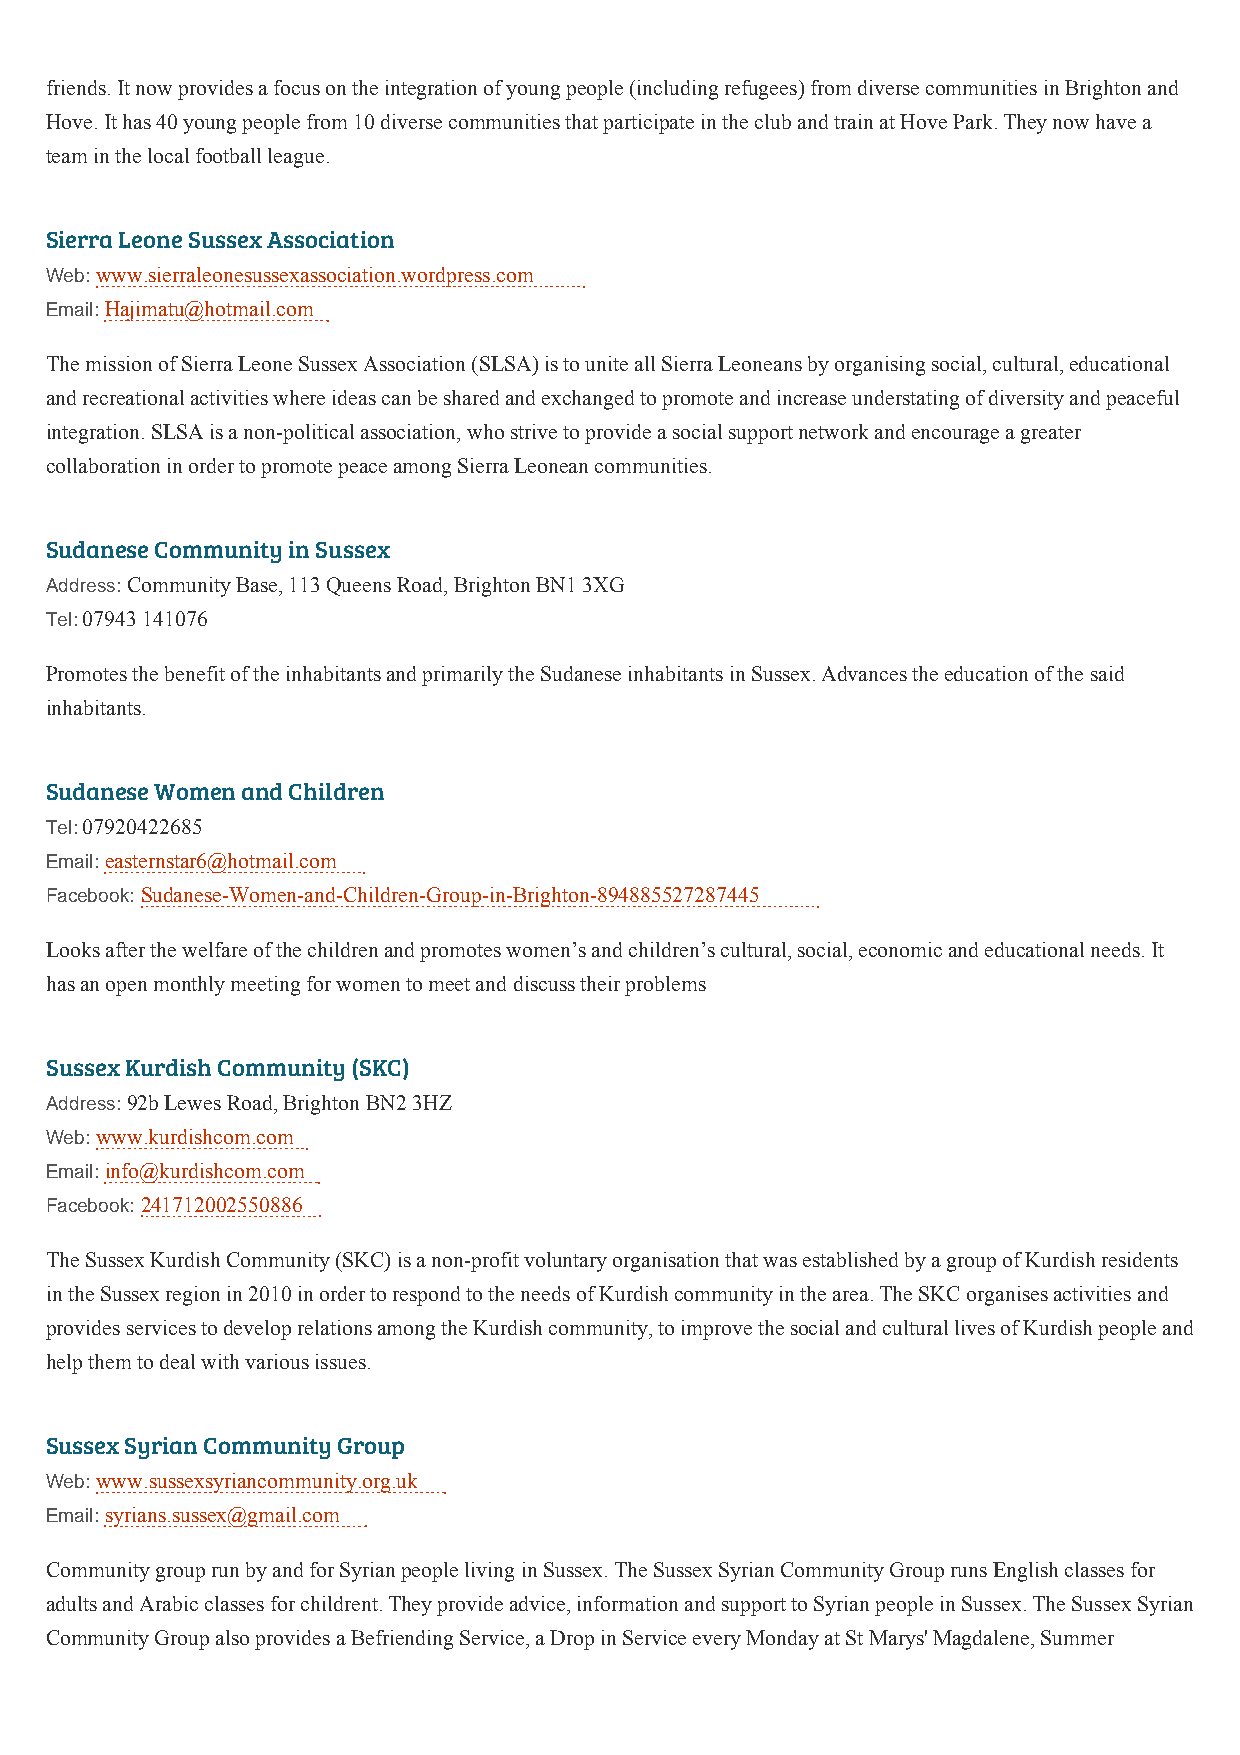
friends. It now provides a focus on the integration of young people (including refugees) from diverse communities in Brighton and
 Hove. It has 40 young people from 10 diverse communities that participate in the club and train at Hove Park. They now have a
 team in the local football league.
 Sierra Leone Sussex Association
 Web: www.sierraleonesussexassociation.wordpress.com
 Email: Hajimatu@hotmail.com
 The mission of Sierra Leone Sussex Association (SLSA) is to unite all Sierra Leoneans by organising social, cultural, educational
 and recreational activities where ideas can be shared and exchanged to promote and increase understating of diversity and peaceful
 integration. SLSA is a non-political association, who strive to provide a social support network and encourage a greater
 collaboration in order to promote peace among Sierra Leonean communities.
 Sudanese Community in Sussex
 Address: Community Base, 113 Queens Road, Brighton BN1 3XG
 Tel: 07943 141076
 Promotes the benefit of the inhabitants and primarily the Sudanese inhabitants in Sussex. Advances the education of the said
 inhabitants.
 Sudanese Women and Children
 Tel: 07920422685
 Email: easternstar6@hotmail.com
 Facebook: Sudanese-Women-and-Children-Group-in-Brighton-894885527287445
 Looks after the welfare of the children and promotes women’s and children’s cultural, social, economic and educational needs. It
 has an open monthly meeting for women to meet and discuss their problems
 Sussex Kurdish Community (SKC)
 Address: 92b Lewes Road, Brighton BN2 3HZ
 Web: www.kurdishcom.com
 Email: info@kurdishcom.com
 Facebook: 241712002550886
 The Sussex Kurdish Community (SKC) is a non-profit voluntary organisation that was established by a group of Kurdish residents
 in the Sussex region in 2010 in order to respond to the needs of Kurdish community in the area. The SKC organises activities and
 provides services to develop relations among the Kurdish community, to improve the social and cultural lives of Kurdish people and
 help them to deal with various issues.
 Sussex Syrian Community Group
 Web: www.sussexsyriancommunity.org.uk
 Email: syrians.sussex@gmail.com
 Community group run by and for Syrian people living in Sussex. The Sussex Syrian Community Group runs English classes for
 adults and Arabic classes for childrent. They provide advice, information and support to Syrian people in Sussex. The Sussex Syrian
 Community Group also provides a Befriending Service, a Drop in Service every Monday at St Marys' Magdalene, Summer